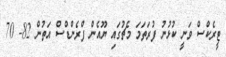
ޓީރެކްސް ވަނީ ކުޅުނު ފުރަތަމަ މެޗުގައި ޔޫއެން ފްރެންޑްސް އަތުން 82- 70